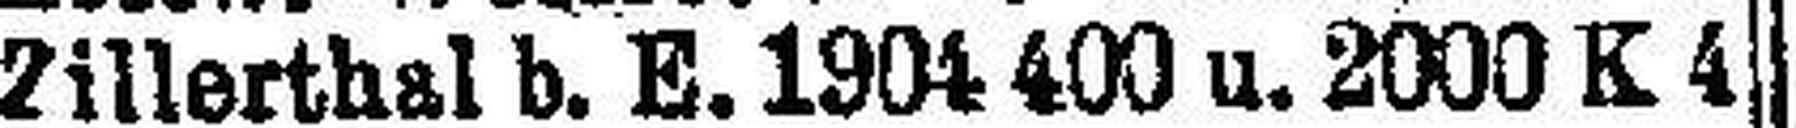
Zillerthal b. E. 1904 400 u. 2000 K 4